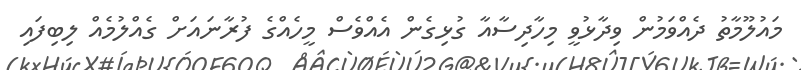
މައުލޫމާތު ދެއްވަމުން ވިދާޅުވީ މިހާދިސާއާ ގުޅިގެން އެއްވެސް މީހެއްގެ ފުރާނައަށް ގެއްލުމެއް ލިބިފައި